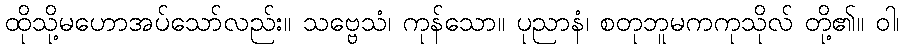
ထိုသို့မဟောအပ်သော်လည်း။ သဗ္ဗေသံ၊ ကုန်သော။ ပုညာနံ၊ စတုဘူမကကုသိုလ် တို့၏။ ဝါ၊